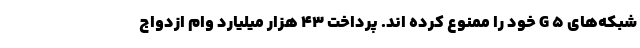
شبکه‌های ۵ G خود را ممنوع کرده اند. پرداخت ۴۳ هزار میلیارد وام ازدواج